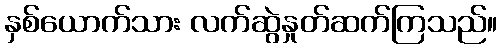
နှစ်ယောက်သား လက်ဆွဲနှုတ်ဆက်ကြသည်။